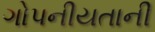
ગોપનીયતાની